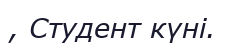
, Студент күні.